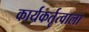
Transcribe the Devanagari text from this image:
कार्यकर्तृत्वाला